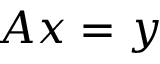
A x = y